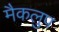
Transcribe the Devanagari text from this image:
मैकलुप